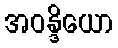
အဝန္ဒိယော